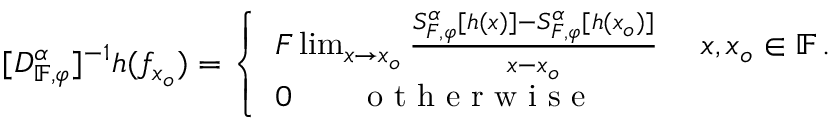
[ D _ { \mathbb { F } , \varphi } ^ { \alpha } ] ^ { - 1 } h ( f _ { x _ { o } } ) = \left\{ \begin{array} { l l } { F \operatorname* { l i m } _ { x \rightarrow x _ { o } } \frac { S _ { F , \varphi } ^ { \alpha } [ h ( x ) ] - S _ { F , \varphi } ^ { \alpha } [ h ( x _ { o } ) ] } { x - x _ { o } } ~ ~ ~ ~ x , x _ { o } \in \mathbb { F } \, . } \\ { 0 \qquad \textrm { o t h e r w i s e } } \end{array} \right.